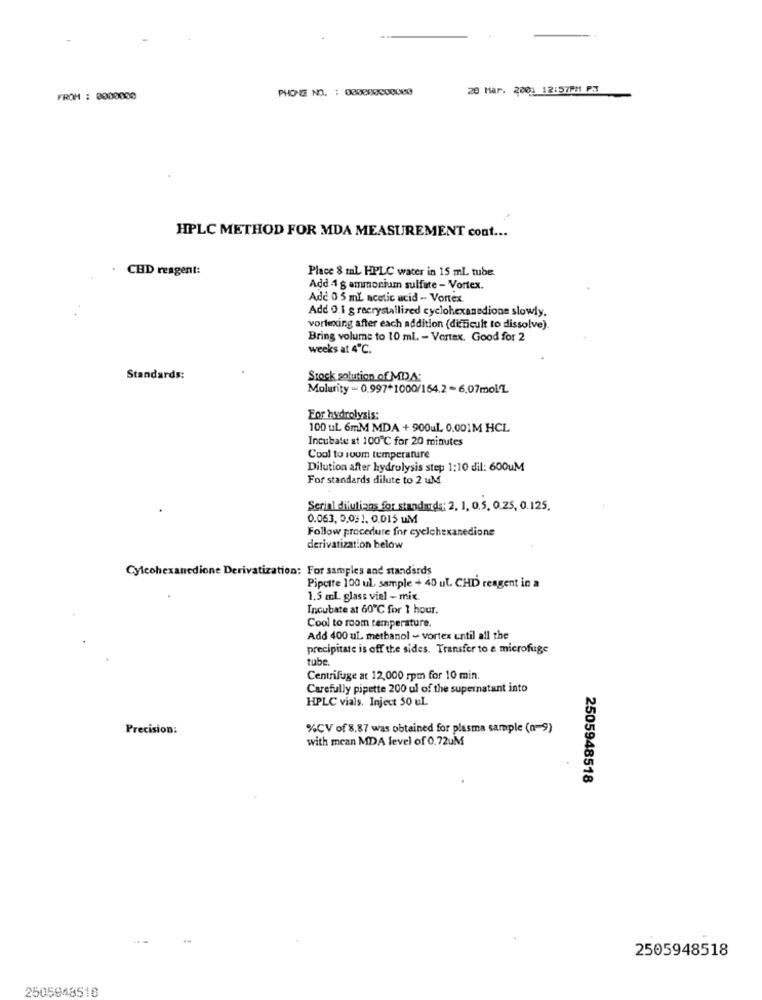
PHONE NO. : 000000000000
20 Mar. 2001 12:57PM P.J
FROM : 0000000
HPLC METHOD FOR MDA MEASUREMENT cont ...
. CHD reagent:
Place 8 ml HPLC water in 15 ml tube.
Add 4 g ammonium sulfate - Vortex.
Ade 0 5 mL acetic acid - Vortex.
Add 0.1 g recrystallized cyclohexanedione slowly.
vortexing after each addition (difficult to dissolve).
Bring volume to 10 ml. - Vortex. Good for 2
weeks at 4℃.
Standards:
Stock solution of MDA:
Molarity - 0.997*1000/164.2 -6,07mol/L
For hydrolysis:
100 uL. 6mM MDA + 900ul. 0.001M HCL
Incubate at 100℃ for 20 minutes
Cool to room temperature
Dilution after hydrolysis step 1:10 dil: 600uM
For standards dilute to 2 uM
Serial dilutians for standards; 2, 1, 0,5, 0.25, 0.125.
0.063, 0,031. 0.015 UM
Follow procedure for cyclohexanedione
derivatization below
Cylcohexanedione Derivatization: For samples and standards
Pipcite 100 ul. sample + 40 uL. CHD reagent in a
1.5 ml glass viel - mix
Incubate at 60℃ for 1 hour.
Cool to room temperature.
Add 400 uL. methanol - vortex until all the
precipitate is off the sides. Transfer to e microfuge
tube.
Centrifuge at 12,000 rpm for 10 min.
Carefully pipette 200 ul of the supernatant into
HPLC vials. Inject 50 uL
Precision:
%CV of 8.87 was obtained for plasma sample (n=9)
with mean MDA level of 0.72uM
2505948518
2505948518
2505948510